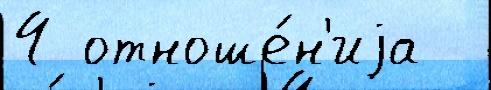
4 отноше́н'иjа